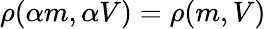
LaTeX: \rho(\alpha m,\alpha V)=\rho(m,V)